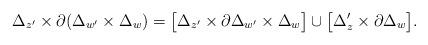
LaTeX: \begin{align*} \Delta_{z'}\times\partial(\Delta_{w'}\times\Delta_w)= \big[\Delta_{z'}\times\partial\Delta_{w'}\times\Delta_w\big]\cup \big[\Delta'_z\times\partial\Delta_w\big]. \end{align*}